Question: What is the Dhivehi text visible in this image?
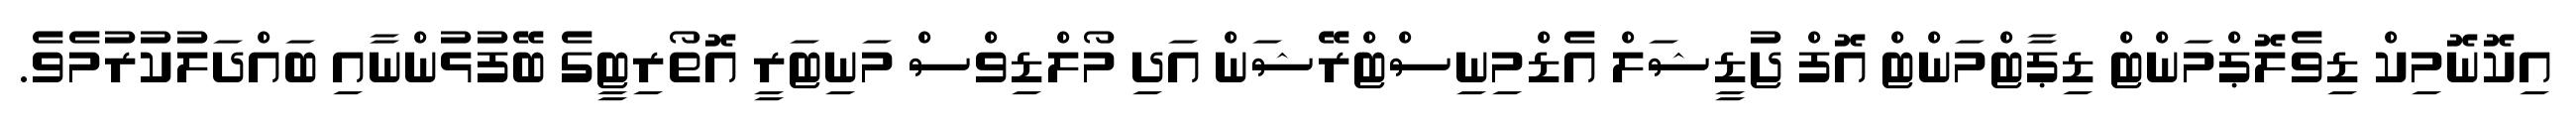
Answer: އިކޮނޮމިކް ޑިވެލޮޕްމަންޓް ޑިޕާޓްމަންޓް އޮފް ޖުޑީޝަލް އެޑްމިނިސްޓްރޭޝަން އަދި މޯލްޑިވްސް މަނިޓަރީ އޮތޯރިޓީގެ ބޭފުޅުންނާއި ބައްދަލުކުރުމެވެ.